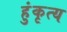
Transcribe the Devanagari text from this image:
हुंकृत्य